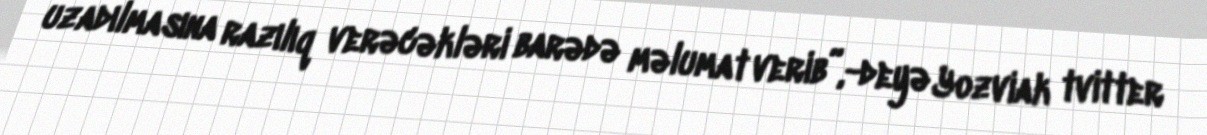
uzadılmasına razılıq verəcəkləri barədə məlumat verib”,-deyə Yozviak tvitter